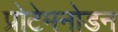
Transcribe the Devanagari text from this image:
प्रोटेमनोडन